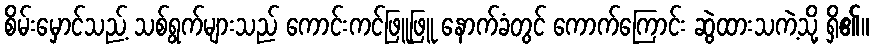
စိမ်းမှောင်သည့် သစ်ရွက်များသည် ကောင်းကင်ဖြူဖြူ နောက်ခံတွင် ကောက်ကြောင်း ဆွဲထားသကဲ့သို့ ရှိ၏။